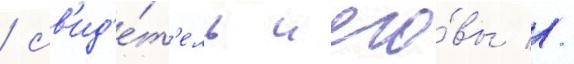
/ св'ид'е́т'ель иего́вы //